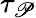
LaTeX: \tau_{\mathscr{P}}